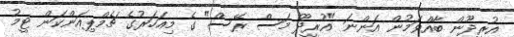
އުރީދޫން ބާއްވަމުން އަންނަ "އުރީދޫ މަސް ރޭސް" ގެ މިއަހަރުގެ ޗެމްޕިއަންކަން ޓީމު